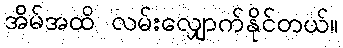
အိမ်အထိ လမ်းလျှောက်နိုင်တယ်။